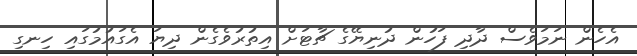
އެހެން ނަމަވެސް ދާދި ފަހުން ދުނިޔޭގެ ޗާޓަށް އިތުރުވެގެން ދިޔަ އެގައުމުގައި ހިނގި